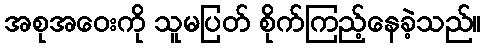
အစုအဝေးကို သူမပြတ် စိုက်ကြည့်နေခဲ့သည်။